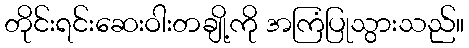
တိုင်းရင်းဆေးဝါးတချို့ကို အကြံပြုသွားသည်။